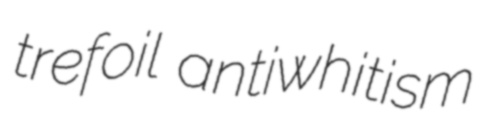
trefoil antiwhitism